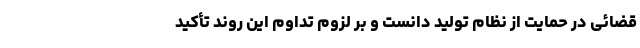
قضائی در حمایت از نظام تولید دانست و بر لزوم تداوم این روند تأکید